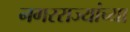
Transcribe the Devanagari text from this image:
नगरराज्यांच्या